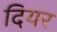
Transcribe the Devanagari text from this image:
दियर